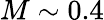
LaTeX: M\sim 0.4